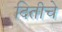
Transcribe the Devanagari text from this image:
दितीचे